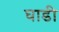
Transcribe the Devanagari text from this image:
घाडी